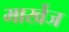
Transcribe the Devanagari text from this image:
मार्खेज